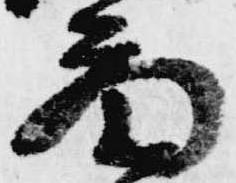
図